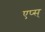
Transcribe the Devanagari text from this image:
एप्स्